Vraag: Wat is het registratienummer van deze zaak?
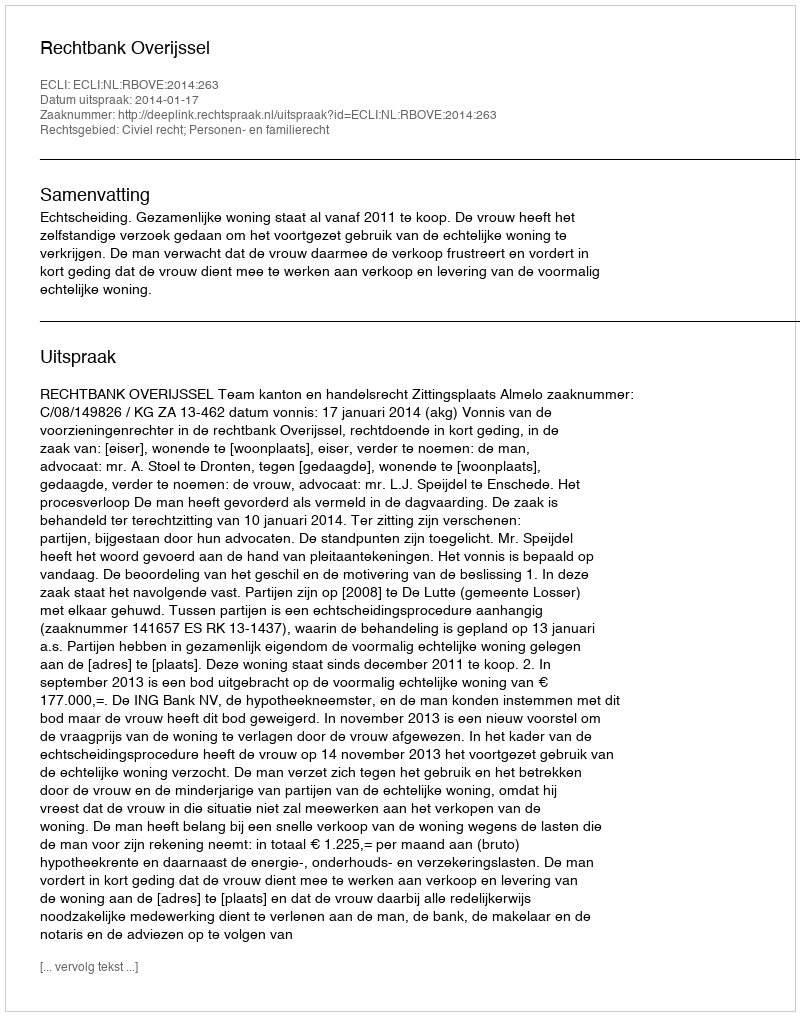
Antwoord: http://deeplink.rechtspraak.nl/uitspraak?id=ECLI:NL:RBOVE:2014:263